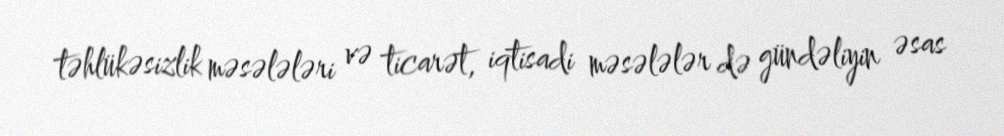
təhlükəsizlik məsələləri və ticarət, iqtisadi məsələlər də gündəliyin əsas